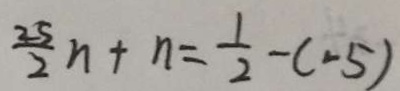
\frac { 2 5 } { 2 } n + n = \frac { 1 } { 2 } - ( - 5 )